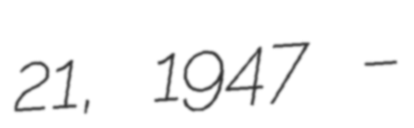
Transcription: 21, 1947 –